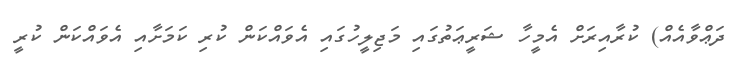
ދަޢްވާއެއް) ކުރާއިރަށް އެމީހާ ޝަރީޢަތުގައި މަޖިލީހުގައި އެވައްކަން ކުރި ކަމަށާއި އެވައްކަން ކުރީ